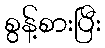
စွန့်စားပြီး